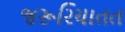
જરૂરિયાતત